Bréfritari: Friðrik Jónsson
Viðtakandi: Halldór Jónsson
Dagsetning: A-1867-01-04
Skrifað á: Litla-Steinsvaði  N-Múl.

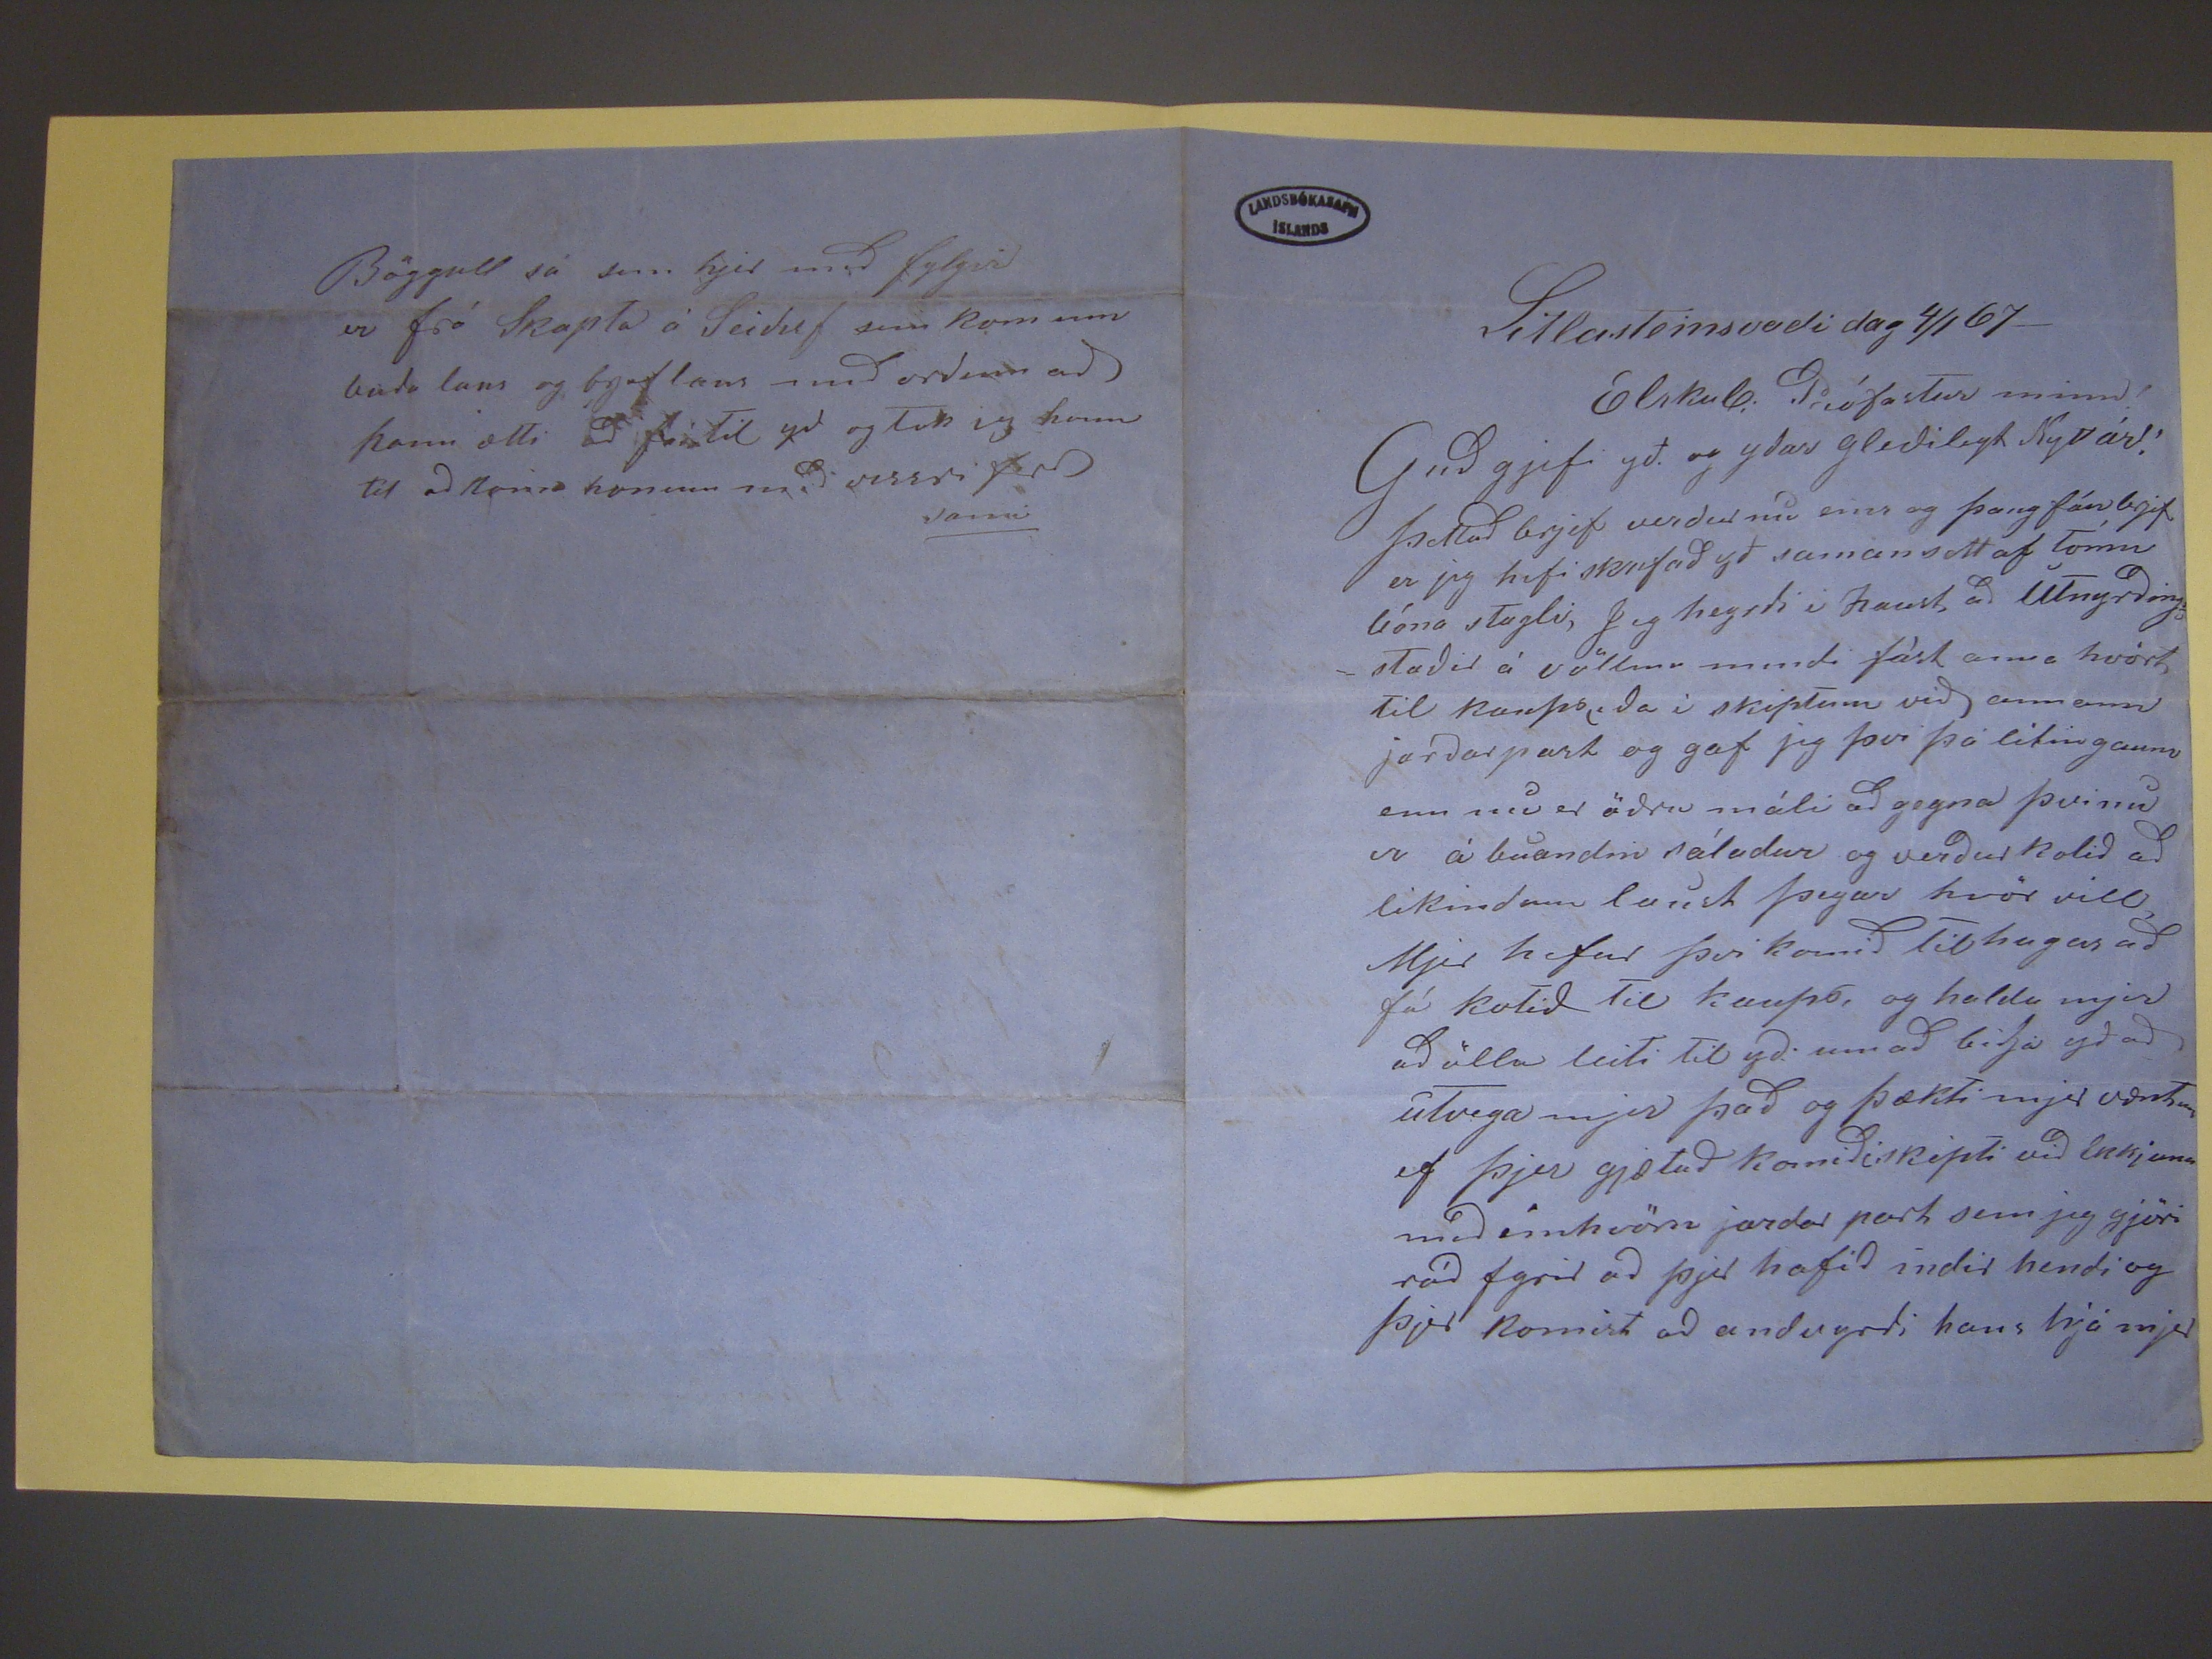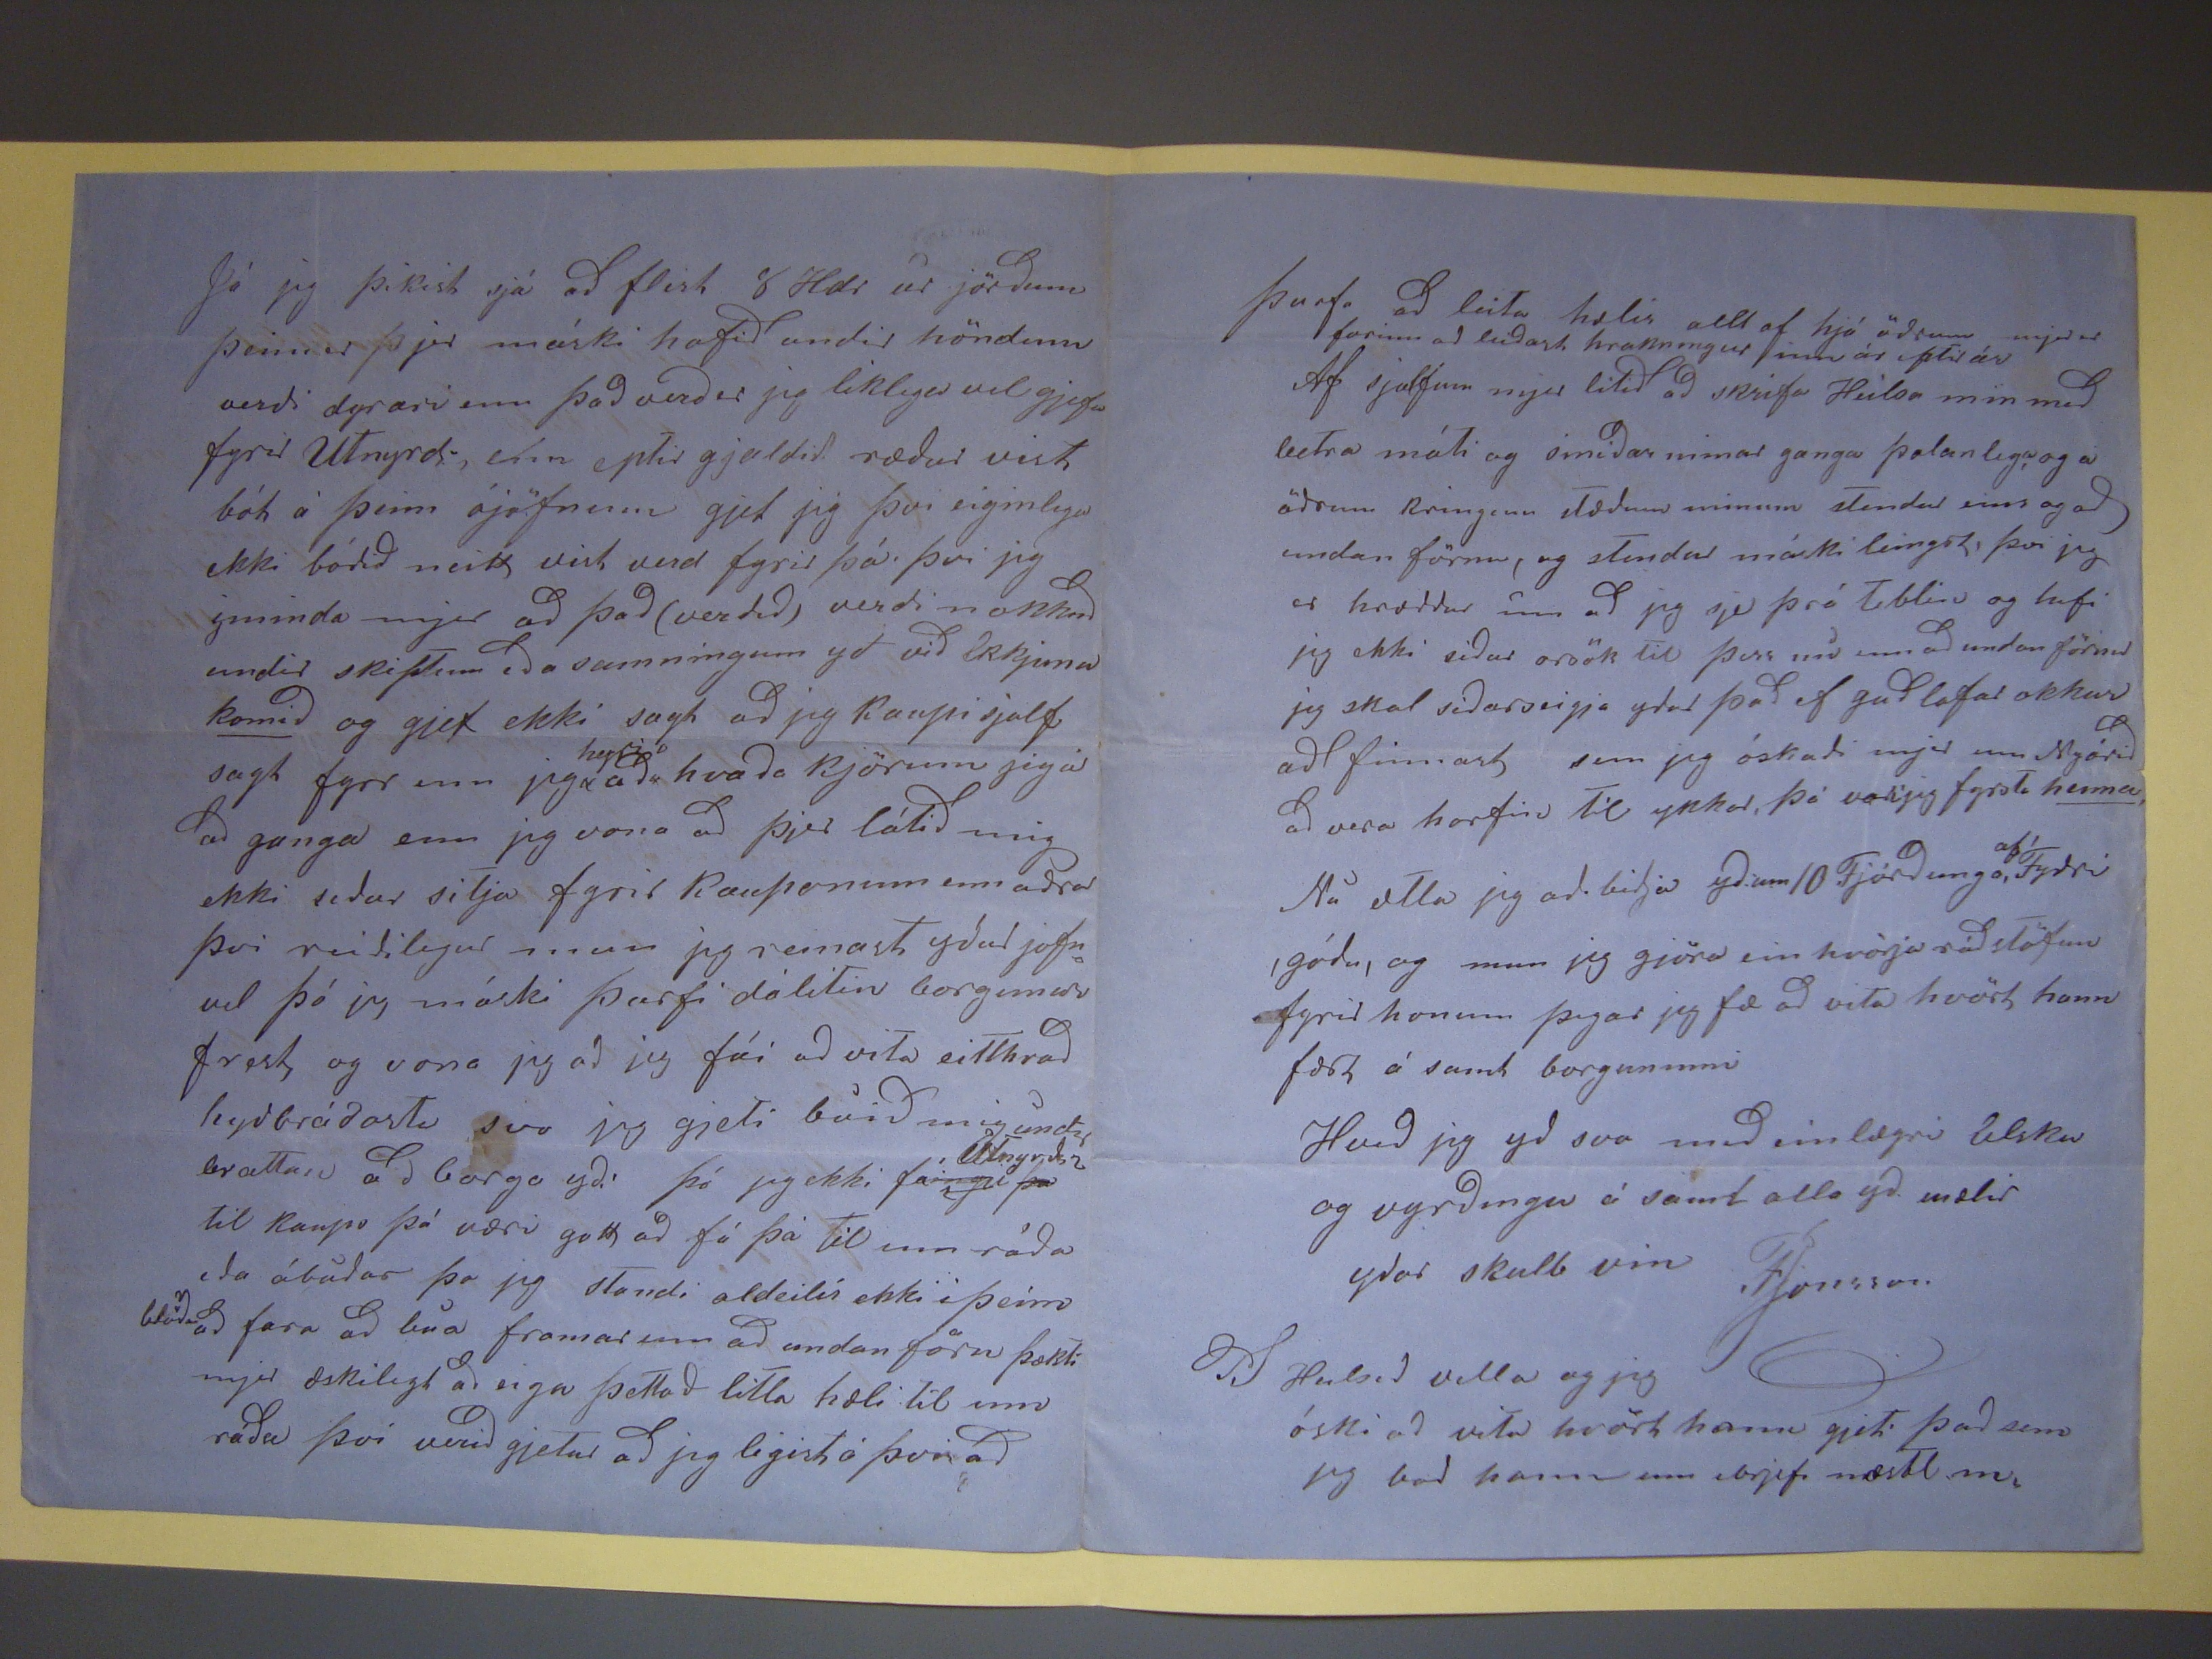

Litlasteinsvaði dag 4/1 67
Elskul. Prófastur minn!
Guð gjefi yð. og yðar gleðilegt Nytt ár! Þettað brjef verður nú eins og þaug fáu brjef er jeg hefi skrifað yð saman sett af tómu bóna stagli, Jeg heyrði i haust að
Útnyrðing staðir á völl
um
mindi fást anna hvórt til kaups, eða i skiptum við annann jarðarpart og gaf jeg þvi þá litin gaum enn nú er öðru máli
að gegna þvinú
er
á búandin sáladur og verður holið að likindum laúst þegar hvör vill Mjer hefur þvi komið til hugar að fá kotið til kaups, og
halda mjer að öllu leiti til yð. um að biðja yð að útvega mjer það og þækti mjer væntum ef þjer gjætuð komiðiskipti við Ekkjuna með einhvörn jardar part sem jeg
gjöri ráð fyrir að þjer hafið indir hendi og þjer komist að andvyrði hans hjá mjer
Já jeg þikist sjá að flist 8 Hdr úr jörðum þeim er þjer máski hafið undir höndum verði dyrari enn það verð er jeg liklega vel gjefa fyrir Utnyrdi,
efin
eptir gjaldið ræður vist bót á þeim ójöfnum gjet jeg þvi eiginlega ekki bórið neitt vist verd fyrir þá þvi jeg yminda mjer að það (
verdið
)
verði nokkuð undir skiptum eða samningum yð við Ekkjuna
komið
og gjet ekki sagt að jeg kaupi sjalf sagt fyrr enn jeg
place="supralinear">heyri
að hvaða kjörum jeg á að ganga enn jeg vona að þjer látið mig ekki seður sitja fyrir kauponum enn aðrar þvi reisilegur mun jeg
reinast yður jafn vel þó jeg máski þurfi dálitin borgumur frest og vona jeg að jeg fái að vita eitthvað hyðbráðast svo jeg gjeti búið mig undir brattan að borgað yð.
þó jeg ekki fá
in gu þa
Útnyrðin
til kaupa þá væri gott að fá þá til
um ráða eða ábúðar þo jeg standi aldeilis ekki i þeim blöðu að fara að búa framar enn að undan förn þækti mjer æskilegt að eiga þettað litla hæli til um ráða þvi
verið gjetur að jeg legist á þvi að
þurfa að leita hælist allt af hjá öðrum mjer er farinn að leiðast hraknningur inn ár eptir ár Af sjalfum mjer litið að skrifa Heilsa min með betra móti og smiðar
minar ganga þolanlega og a öðrum kringinn stæðum minum stendur eins og að undan förnu, og stendur máski leingst þvi jeg er hræddur úm að jeg sje þrá
teblin og hafi jeg ekki siður orsök til þess nú enn að undan förnu jeg skal siðarseigja yður það ef guð lofar okkur að finnast, sem jeg óskaði mjer um Nyárið
að vera horfin til ykkar, þá varjeg fyrsta
heima
, Nú ætla jeg að biðja yður 10 Fjórðunga,
af
Fyðri ,góðu, og mun jeg gjöra ein hvörja ráðstöfun fyrir honum þegar jeg fæ að vita hvört hann fæst á samt borguninni Hveð jeg yð svo með einlægri lelsku
og vyrðingu á samt alla yð mælir yðar skulb vin
FJonsson
PS Heilsið vella og jeg óski að vita hvört hann gjeti það sem jeg bað hann um ibrjefi næstl m.
Böggull sá sem hjer með fylgir er frá Skapta á Seiluf sem kom um buda laus og brjef laus með orðinn að hann ætti að
fara
til yð og tók eg
hann til að koma honum með vissri ferð
sami